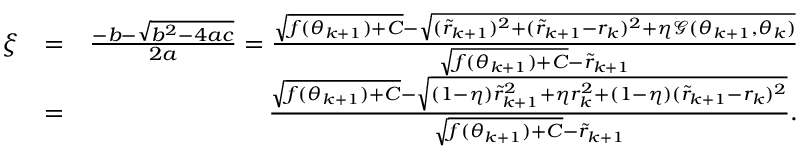
\begin{array} { r l r } { \xi } & { = } & { \frac { - b - \sqrt { b ^ { 2 } - 4 a c } } { 2 a } = \frac { \sqrt { f ( \theta _ { k + 1 } ) + C } - \sqrt { ( \tilde { r } _ { k + 1 } ) ^ { 2 } + ( \tilde { r } _ { k + 1 } - r _ { k } ) ^ { 2 } + \eta \mathcal { G } ( \theta _ { k + 1 } , \theta _ { k } ) } } { \sqrt { f ( \theta _ { k + 1 } ) + C } - \tilde { r } _ { k + 1 } } } \\ & { = } & { \frac { \sqrt { f ( \theta _ { k + 1 } ) + C } - \sqrt { ( 1 - \eta ) \tilde { r } _ { k + 1 } ^ { 2 } + \eta r _ { k } ^ { 2 } + ( 1 - \eta ) ( \tilde { r } _ { k + 1 } - r _ { k } ) ^ { 2 } } } { \sqrt { f ( \theta _ { k + 1 } ) + C } - \tilde { r } _ { k + 1 } } . } \end{array}